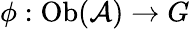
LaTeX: \phi:\mathrm{Ob}({\mathcal{A}})\to G